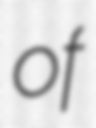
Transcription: of